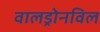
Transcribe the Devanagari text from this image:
वालड्रोनविल